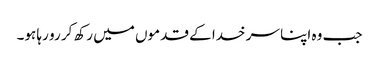
جب وہ اپنا سر خدا کے قدموں میں رکھ کر رو رہا ہو۔